Document type: Sale
Year: 1226
Scribe: Ramon d'Om
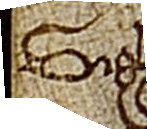
Sig